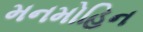
મનમોહિન